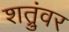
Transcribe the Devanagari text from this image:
शत्रुंवर